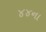
૪૪ના